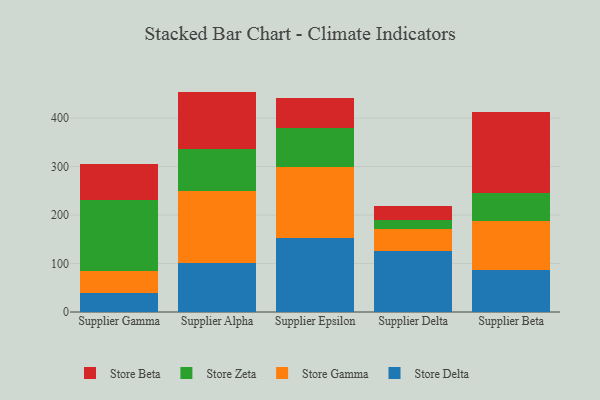
{"axis": {"x": "Supplier", "y": "Page Views"}, "legend": ["Store Beta", "Store Delta", "Store Gamma", "Store Zeta"], "data": [{"x": "Supplier Gamma", "y": 39.0, "type": "Store Delta"}, {"x": "Supplier Gamma", "y": 45.5, "type": "Store Gamma"}, {"x": "Supplier Gamma", "y": 145.6, "type": "Store Zeta"}, {"x": "Supplier Gamma", "y": 74.3, "type": "Store Beta"}, {"x": "Supplier Alpha", "y": 100.4, "type": "Store Delta"}, {"x": "Supplier Alpha", "y": 149.6, "type": "Store Gamma"}, {"x": "Supplier Alpha", "y": 86.9, "type": "Store Zeta"}, {"x": "Supplier Alpha", "y": 117.8, "type": "Store Beta"}, {"x": "Supplier Epsilon", "y": 152.6, "type": "Store Delta"}, {"x": "Supplier Epsilon", "y": 146.0, "type": "Store Gamma"}, {"x": "Supplier Epsilon", "y": 80.4, "type": "Store Zeta"}, {"x": "Supplier Epsilon", "y": 63.0, "type": "Store Beta"}, {"x": "Supplier Delta", "y": 125.3, "type": "Store Delta"}, {"x": "Supplier Delta", "y": 45.8, "type": "Store Gamma"}, {"x": "Supplier Delta", "y": 18.5, "type": "Store Zeta"}, {"x": "Supplier Delta", "y": 28.6, "type": "Store Beta"}, {"x": "Supplier Beta", "y": 87.5, "type": "Store Delta"}, {"x": "Supplier Beta", "y": 100.3, "type": "Store Gamma"}, {"x": "Supplier Beta", "y": 58.2, "type": "Store Zeta"}, {"x": "Supplier Beta", "y": 165.9, "type": "Store Beta"}]}